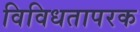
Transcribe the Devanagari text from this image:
विविधतापरक